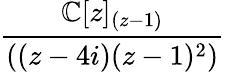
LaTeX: \frac{\mathbb{C}[z]_{(z-1)}}{((z-4i)(z-1)^{2})}